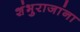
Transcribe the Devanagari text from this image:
शंभुराजांना